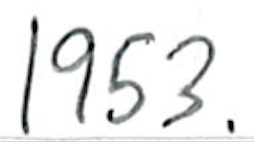
Text: 1953.
Cross-out: clean
Writing tool: ballpoint